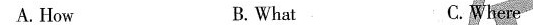
A.How B.What C.Where